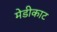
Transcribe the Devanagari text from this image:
मेडीकाट